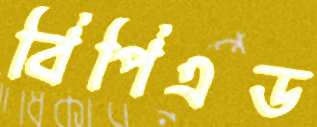
বিপিএড